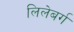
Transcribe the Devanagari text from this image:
लिलेबर्ग